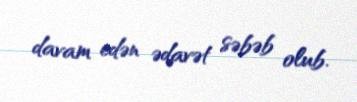
davam edən ədavət səbəb olub.